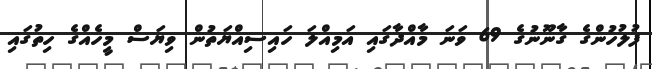
ފުލުހުންގެ ގާނޫނުގެ 69 ވަނަ މާއްދާގައި އަމިއްލަ ހައިސިއްޔަތުން ވިޔަސް މީހެއްގެ ހިތުގައި